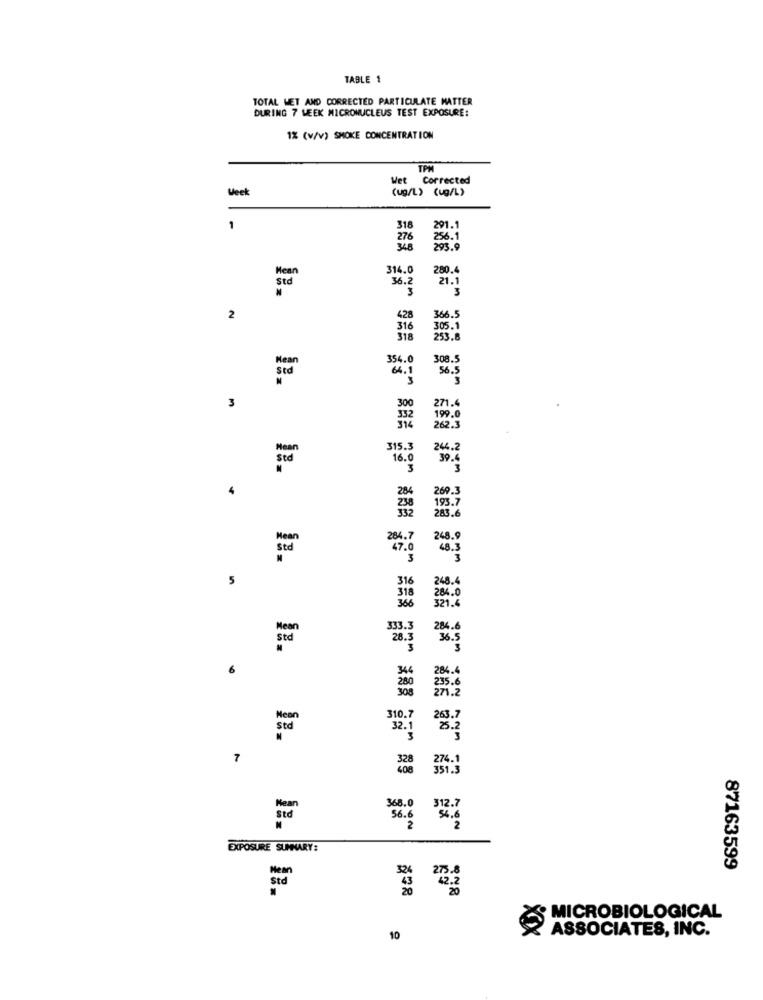
TABLE 1
TOTAL WET AND CORRECTED PARTICULATE MATTER
DURING 7 WEEK MICRONUCLEUS TEST EXPOSURE:
1% (w/V) SMOKE CONCENTRATION
TPM
t Corrected
Week
(ug/L) Cug/L)
1
318
276
256.1
Mean
314.0
280.4
36.2
21.1
Std
3
2
428
366.
316
305.1
318
253.8
354.0
308.5
64.1
56.5
271.4
3
199.0
262.3
Mean
315.3
244.2
16.0
39.4
3
3
.
284
269.3
238
332
193.7
283.6
Hear
284.7
248.9
sed
47.0
48.3
3
3
5
316
248.4
284.0
318
366
321.4
333.3
284.6
Std
28.3
36.5
6
284.
235.6
310.7
std
32.1
7
368.0
312.7
56.6
EXPOSURE SUMMARY:
87163599
std
858
MICROBIOLOGICAL
ASSOCIATES, INC.
10